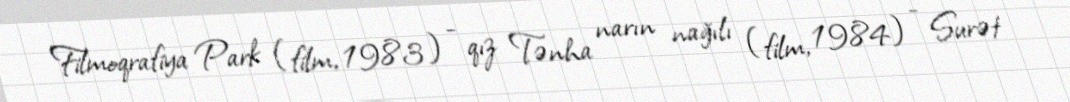
Filmoqrafiya Park (film, 1983) - qız Tənha narın nağılı (film, 1984) - Surət